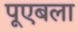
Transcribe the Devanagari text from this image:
पूएबला